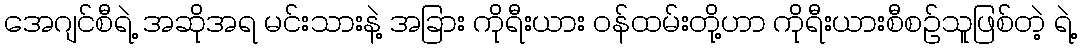
အေဂျင်စီရဲ့ အဆိုအရ မင်းသားနဲ့ အခြား ကိုရီးယား ဝန်ထမ်းတို့ဟာ ကိုရီးယားစီစဉ်သူဖြစ်တဲ့ ရဲ့